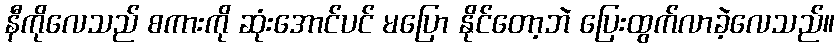
နီကိုလေသည် စကားကို ဆုံးအောင်ပင် မပြော နိုင်တော့ဘဲ ပြေးထွက်လာခဲ့လေသည်။